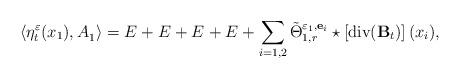
LaTeX: \begin{align*}\langle \eta_t^\varepsilon(x_1), A_{1}^{}\rangle =E^{}+E^{}+E^{}+E^{}+\sum_{i=1,2}\tilde{\Theta}^{\varepsilon_1,\mathbf{e}_i}_{1,r}\star\left[\operatorname{div}(\mathbf{B}_t)\right](x_i),\end{align*}